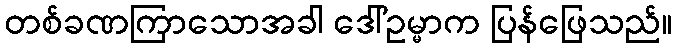
တစ်ခဏကြာသောအခါ ဒေါ်ဥမ္မာက ပြန်ဖြေသည်။